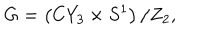
G = \left( C Y _ { 3 } \times S ^ { 1 } \right) / Z _ { 2 } ,